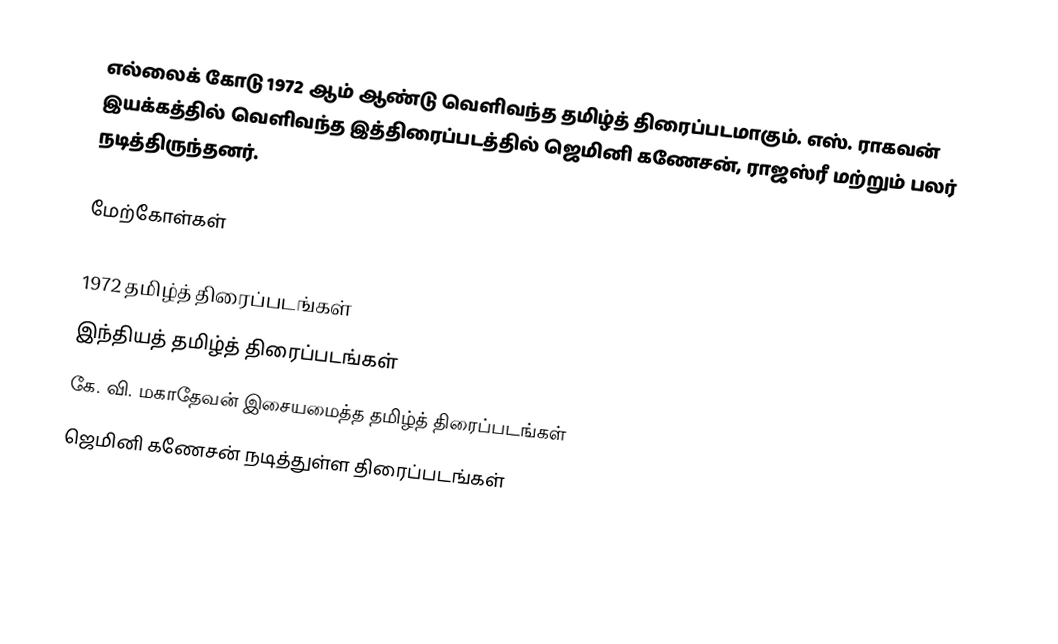
எல்லைக் கோடு 1972 ஆம் ஆண்டு வெளிவந்த தமிழ்த் திரைப்படமாகும். எஸ். ராகவன் இயக்கத்தில் வெளிவந்த இத்திரைப்படத்தில் ஜெமினி கணேசன், ராஜஸ்ரீ மற்றும் பலர் நடித்திருந்தனர்.

மேற்கோள்கள்

1972 தமிழ்த் திரைப்படங்கள்
இந்தியத் தமிழ்த் திரைப்படங்கள்
கே. வி. மகாதேவன் இசையமைத்த தமிழ்த் திரைப்படங்கள்
ஜெமினி கணேசன் நடித்துள்ள திரைப்படங்கள்